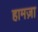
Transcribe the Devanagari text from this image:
हामज़ा